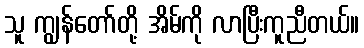
သူ ကျွန်တော်တို့ အိမ်ကို လာပြီးကူညီတယ်။